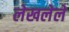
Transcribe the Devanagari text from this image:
लेखलेले